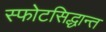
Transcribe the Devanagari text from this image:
स्फोटसिद्धान्त